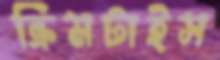
ক্রিমটাইস